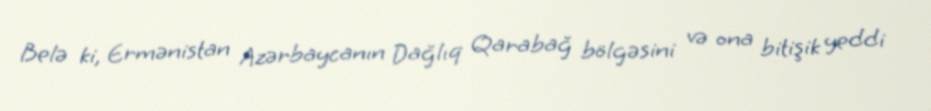
Belə ki, Ermənistan Azərbaycanın Dağlıq Qarabağ bölgəsini və ona bitişik yeddi